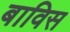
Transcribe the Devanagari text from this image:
बाविस